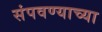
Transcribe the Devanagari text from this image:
संपवण्याच्या